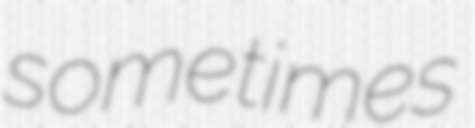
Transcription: sometimes